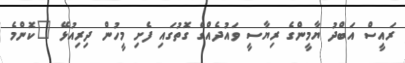
ރައީސް އަބްދު ޔާމީންގެ ރިޔާސީ ވައުދެއްގެ ގޮތުގައި ފެށި މީހުން ދިރިއުޅޭ "ކޮންމެ